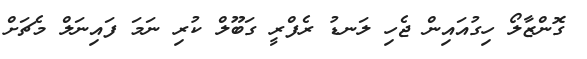
ގޮންޒާލޯ ހިގުއައިން ޖެހި ލަނޑު ރެފްރީ ގަބޫލް ކުރި ނަމަ ފައިނަލް މެޗަށް